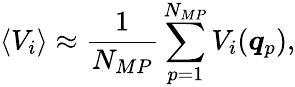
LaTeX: \langle V_{i}\rangle\approx\frac{1}{N_{MP}}\sum_{p=1}^{N_{MP}}V_{i}(\boldsymbol{q}_{p}),